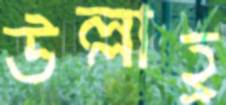
উল্লাহ্র